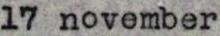
17 november